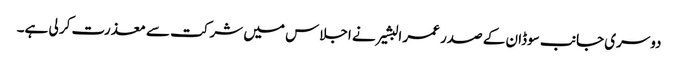
دوسری جانب سوڈان کے صدر عمر البشیر نے اجلاس میں شرکت سے معذرت کر لی ہے۔